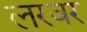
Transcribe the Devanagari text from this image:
लरवर